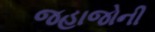
જહાજોની